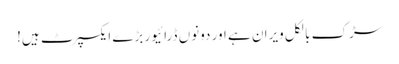
سڑک بالکل ویران ہے اور دونوں ڈرائیور بڑے ایکسپرٹ ہیں!